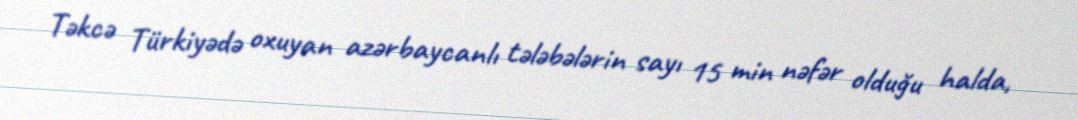
Təkcə Türkiyədə oxuyan azərbaycanlı tələbələrin sayı 15 min nəfər olduğu halda,